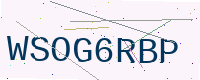
Text: WSOG6RBP